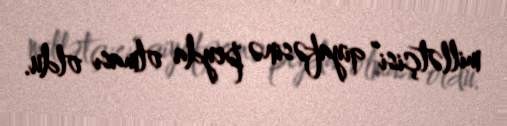
millətçisi” qiyafəsinə peyda olması oldu.